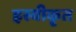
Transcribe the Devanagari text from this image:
ह्रस्वीकृत